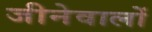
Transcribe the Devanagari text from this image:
जीनेवालों